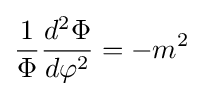
{\frac {1}{\Phi }}{\frac {d^{2}\Phi }{d\varphi ^{2}}}=-m^{2}